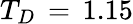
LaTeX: T_{D}\, =\, 1.15